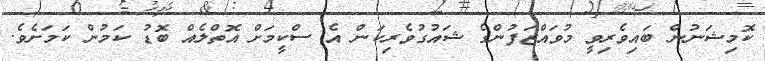
ކޮމިޝަނުން ބައިވެރިވީ މުވައްޒަފުންގެ ޝައުގުވެރިކަން އެ ސްކީމަށް އޮތްލެއް ބޮޑު ކަމުން ކަމަށެވެ.